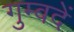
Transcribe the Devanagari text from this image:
गुम्बदें